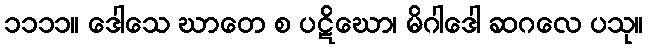
၁၁၁၁။ ဒေါသေ ဃာတေ စ ပဋိဃော၊ မိဂါဒေါ ဆဂလေ ပသု။